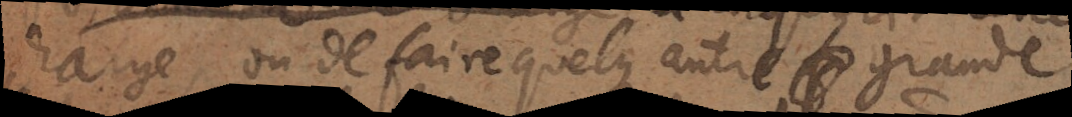
orange, ou de faire quelque autre grande